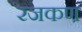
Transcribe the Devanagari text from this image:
रजकण